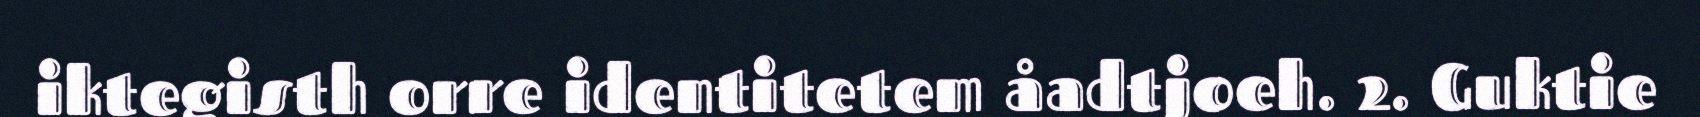
iktegisth orre identitetem åadtjoeh. 2. Guktie